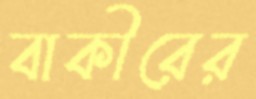
বাকীরের